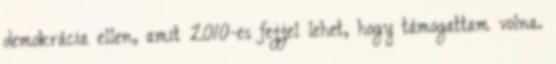
demokrácia ellen, amit 2010-es fejjel lehet, hogy támogattam volna.